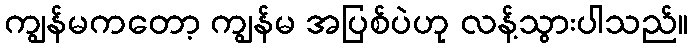
ကျွန်မကတော့ ကျွန်မ အပြစ်ပဲဟု လန့်သွားပါသည်။